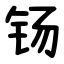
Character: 钖